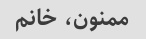
ممنون، خانم